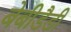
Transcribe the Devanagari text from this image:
बेबीडैडी